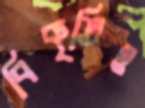
বিকৃতিও